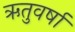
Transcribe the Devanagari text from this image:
ऋतुवर्षा